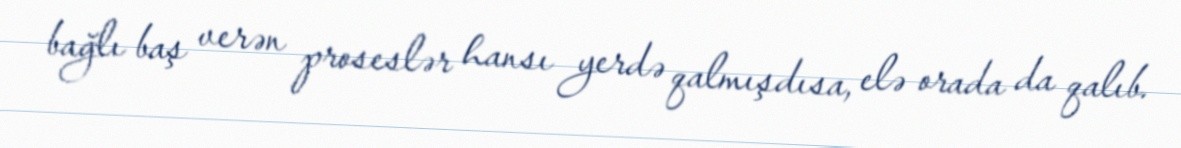
bağlı baş verən proseslər hansı yerdə qalmışdısa, elə orada da qalıb.